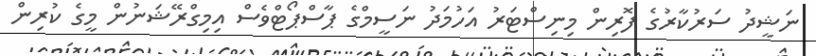
ނަޝީދު ސަރުކާރުގެ ފޮރިން މިނިސްޓަރު އަހުމަދު ނަސީމްގެ ޕާސްޕޯޓްވެސް އިމިގްރޭޝަނުން މީގެ ކުރިން